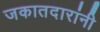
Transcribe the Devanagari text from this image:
जकातदारांनी